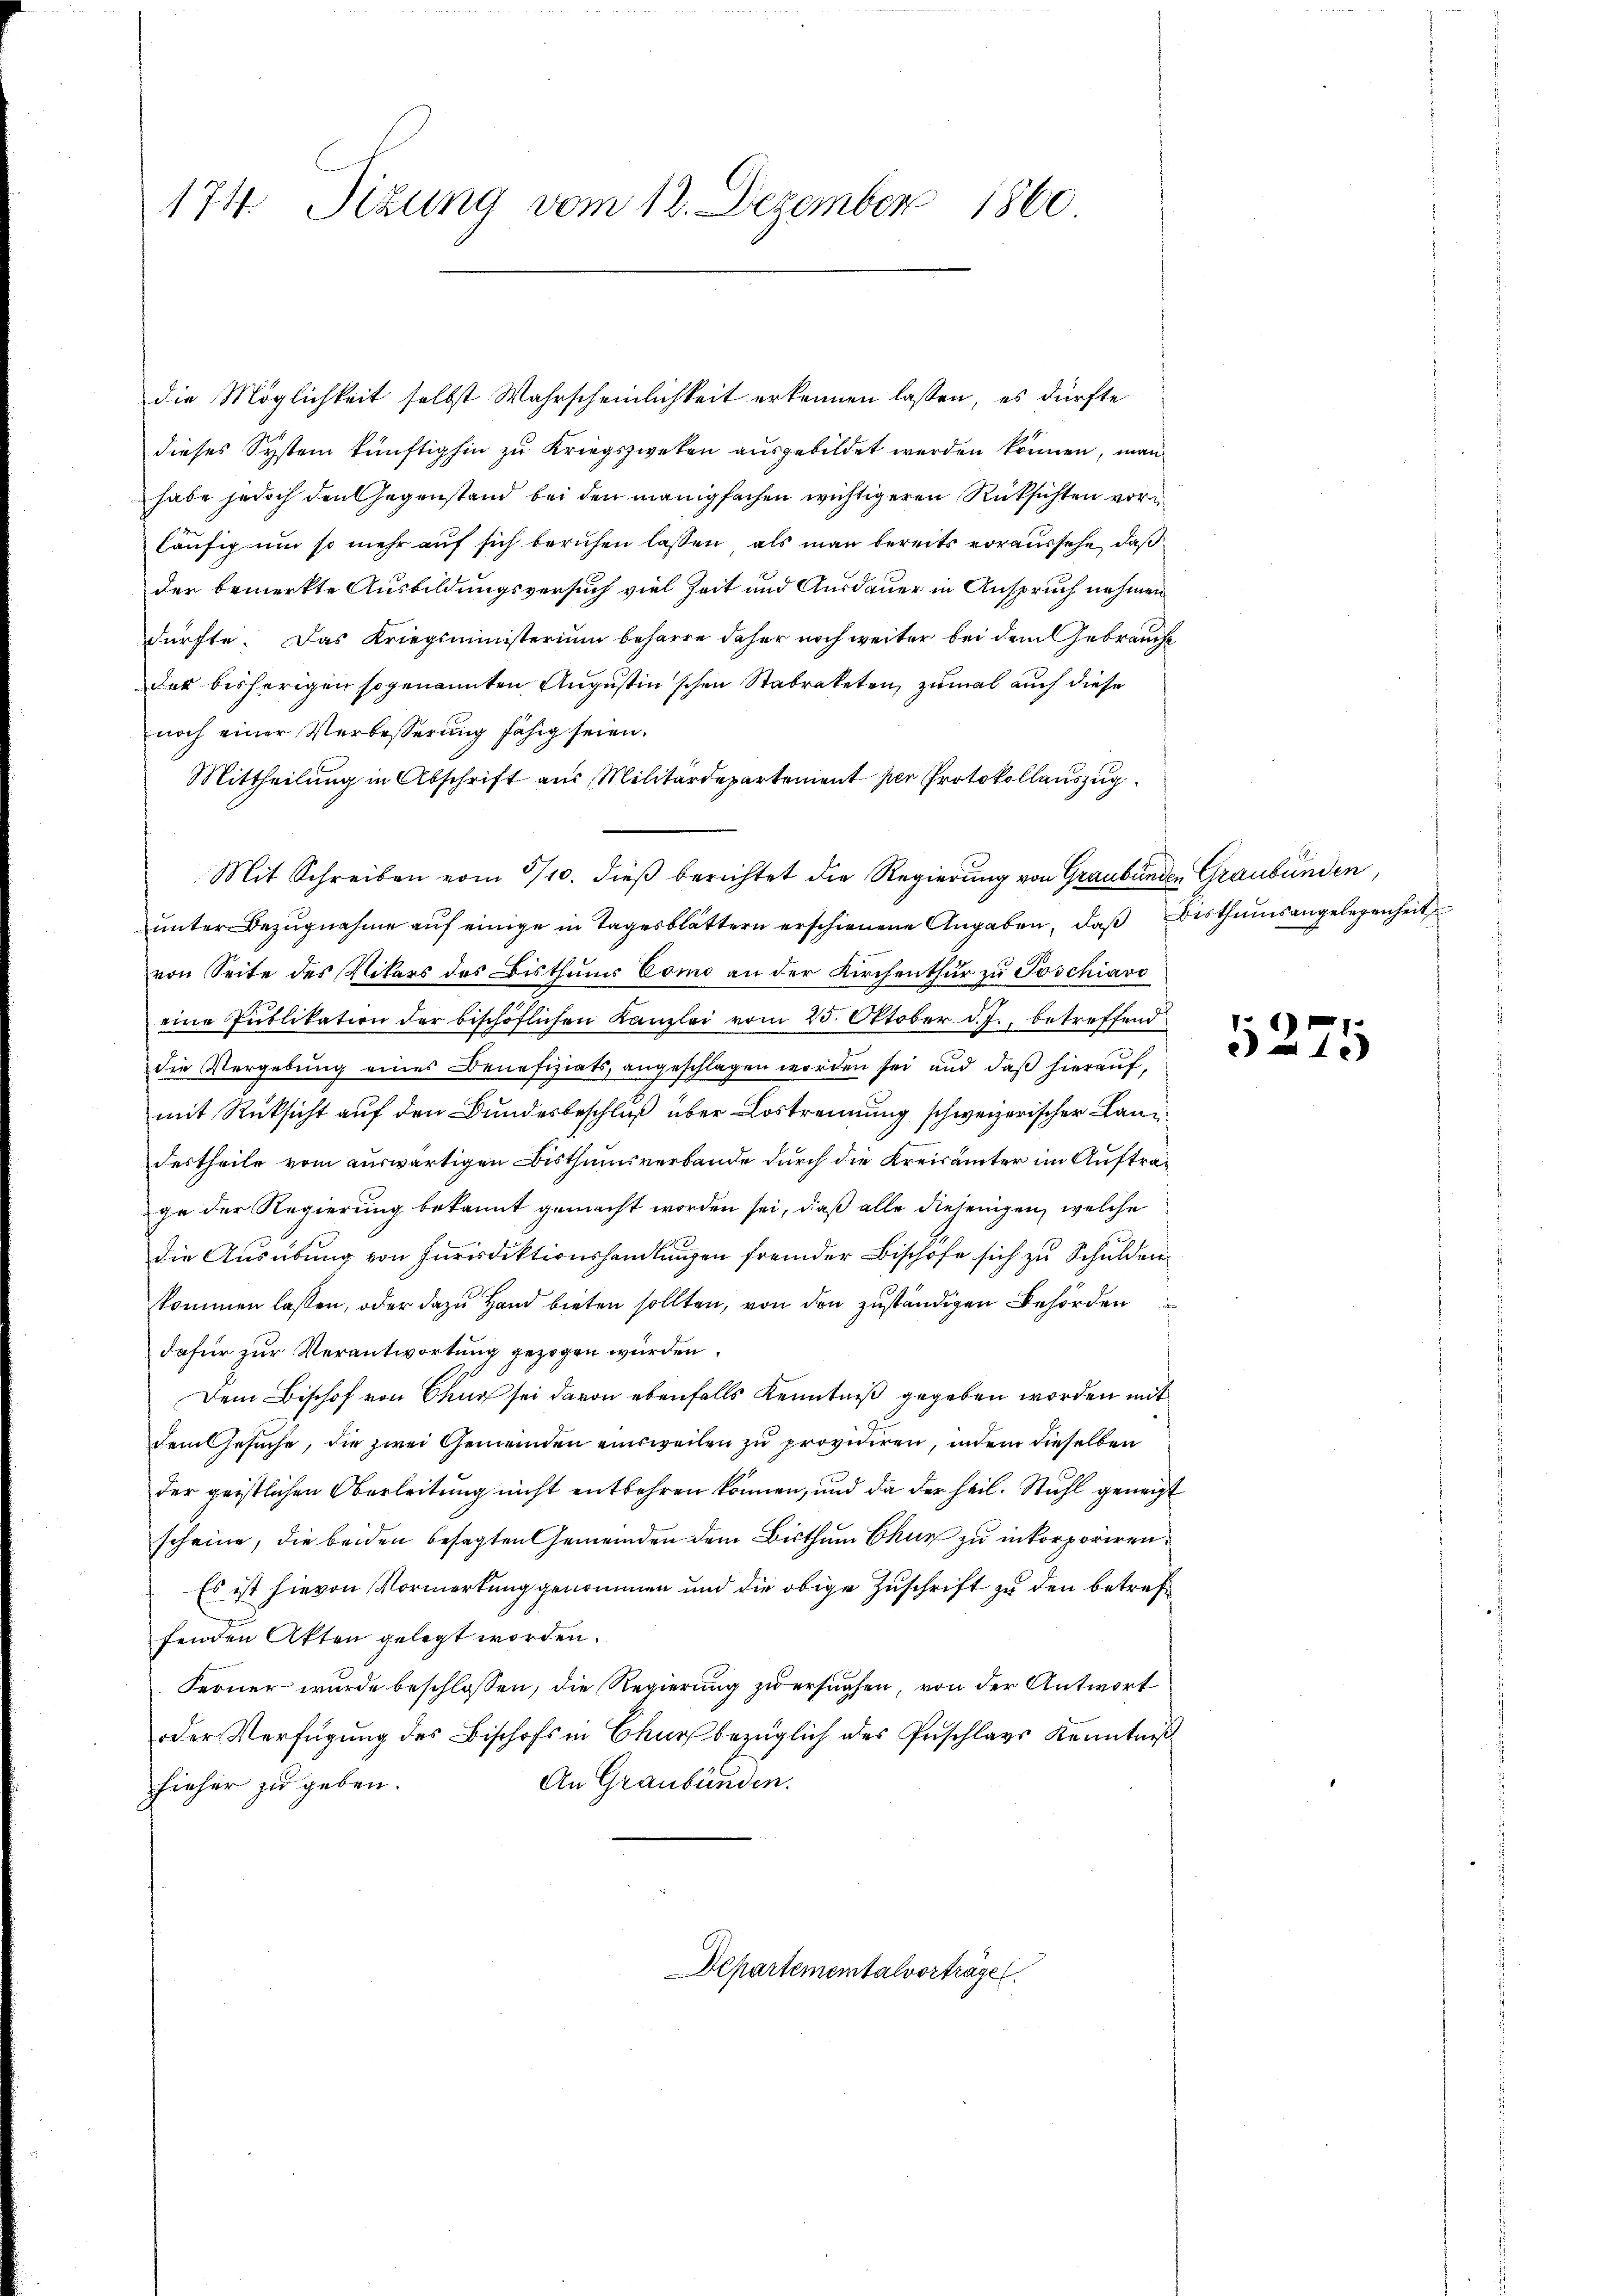
174 Sizung vom 12. Dezember 1860

die Möglichkeit selbst Wahrscheinlichkeit erkennen lassen, es dürfte
dieses System künftighin zu Kriegszweken ausgebildet werden können, man
habe jedoch den Gegenstand bei den manigfachen wichtigeren Rücksichten vorläufig um so mehr auf sich beruhen lassen, als man bereits voraussehe, daß
der bemerkte Ausbildungsversuch viel Zeit und Ausdauer in Anspruch nehmen
dürfte. Das Kriegsministerium beharre daher noch weiter bei dem Gebrauche
der bisherigen sogenannten Augustinschen Stabrateten, zumal auch diese
noch einer Verbesserung fähig seien.
Mittheilung in Abschrift aus Militärdepartement per Protokollauszug
Mit Schreiben vom 3/10. dieß berichtet die Regierung von Graubünden Graubünden,
unter Bezugnahme auf einige in Tagesblättern erschienene Angaben, daß Bisthumsangelegenheit
von Seite des Vikars des Bisthums Como an der Kirchenthur zu Poschiavo
eine Publikation der bischöflichen Kanzlei vom 25. Oktober d. J., betreffend
die Vergebung eines Benefiziats, angeschlagen worden sei und daß hierauf,
mit Rücksicht auf den Bundesbeschluß über Lostrennung schweizerischer Landdestheile vom auswärtigen Bisthumsverbande durch die Kreisämter im Auftrage der Regierung bekannt gemacht worden sei, daß alle diejenigen, welche
die Ausübung von Jurisdiktionshandlungen fremder Bischöfe sich zu Schulden
kommen lassen, oder dazu Hand bieten sollten, von den zuständigen Behörden
dafür zur Verantwortung gezogen würden.
Dem Bischof von Chur sei davon ebenfalls Kenntniß gegeben worden mit
dem Gesuche, die zwei Gemeinden einsweilen zu providiren, indem dieselben
der geistlichen Oberleitung nicht entbehren können, und da der heil. Stuhl geneigt
scheine, die beiden besagten Gemeinden dem Bisthum Chur zu inkorporiren.
Es ist hievon Vormerkung genommen und die obige Zuschrift zu den betreffenden Akten gelegt worden.
Ferner wurde beschlossen, die Regierung zu ersuchen, von der Antwort
oder Verfügung des Bischofs in Chur bezüglich des Geschlags Kenntniß
An Graubünden.
hieher zu geben.
Departementalvorträge

5275